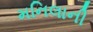
મનિલાની